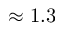
\approx 1 . 3